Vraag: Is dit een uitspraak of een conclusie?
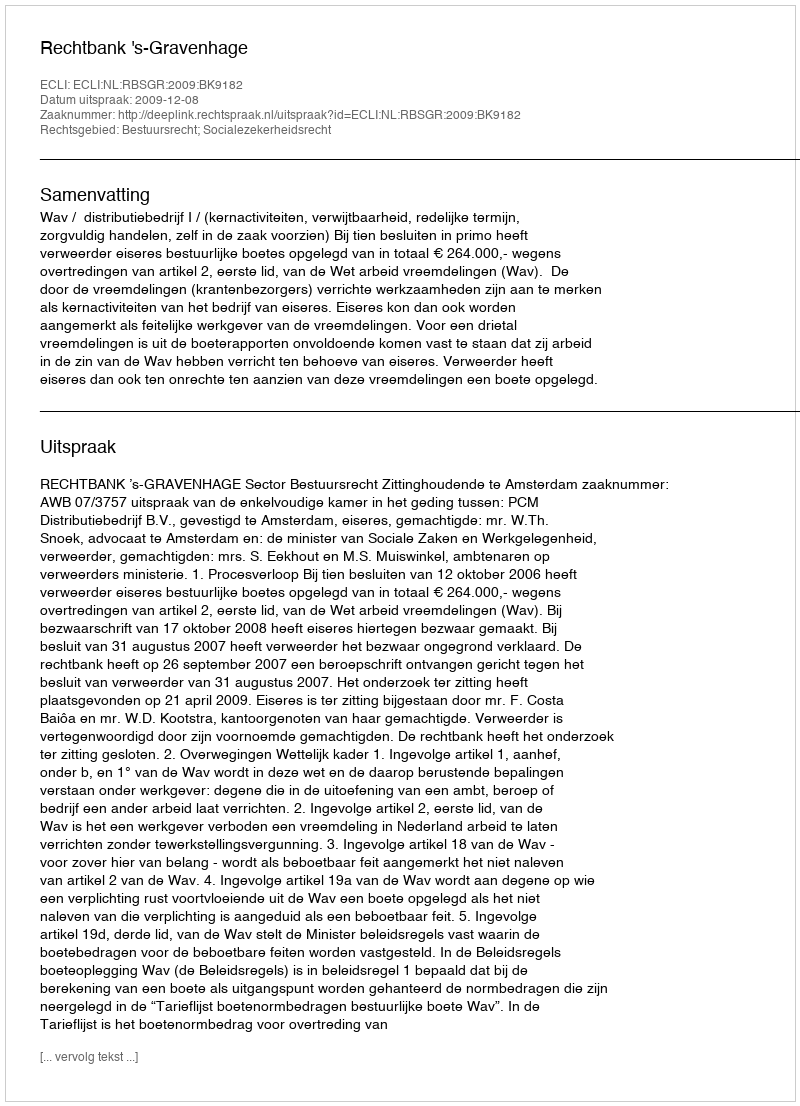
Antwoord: Uitspraak